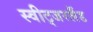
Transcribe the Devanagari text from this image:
स्वीट्‍जरलैंड